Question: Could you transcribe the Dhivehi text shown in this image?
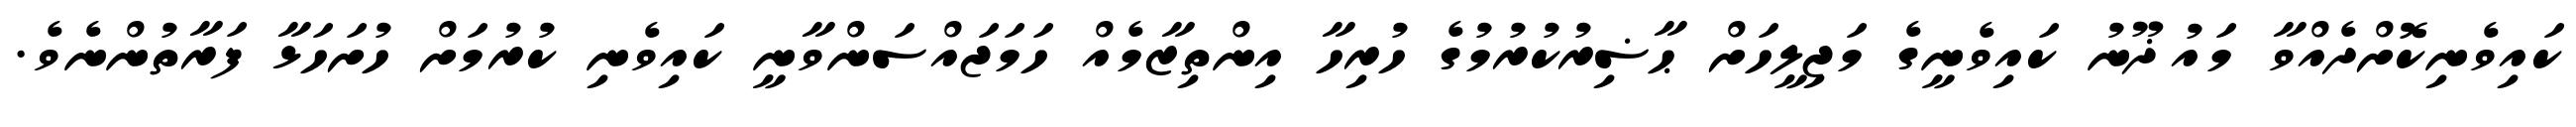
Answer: ކައިވެނިކޮށްދެއްވާ މައުޛޫނު ކައިވެނީގެ މަޖިލީހަށް ޙާޟިރުކުރުމުގެ ހުރިހާ އިންތިޒާމެއް ހަމަޖައްސަންވާނީ ކައިވެނި ކުރުމަށް ހުށަހަޅާ ފަރާތުންނެވެ.